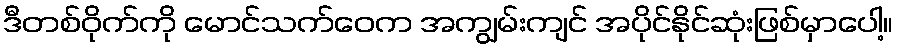
ဒီတစ်ဝိုက်ကို မောင်သက်ဝေက အကျွမ်းကျင် အပိုင်နိုင်ဆုံးဖြစ်မှာပေါ့။